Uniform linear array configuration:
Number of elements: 12
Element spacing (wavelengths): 1
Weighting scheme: kaiser
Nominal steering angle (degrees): -30
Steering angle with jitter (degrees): -28.594
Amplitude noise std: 0.05
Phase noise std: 0.05

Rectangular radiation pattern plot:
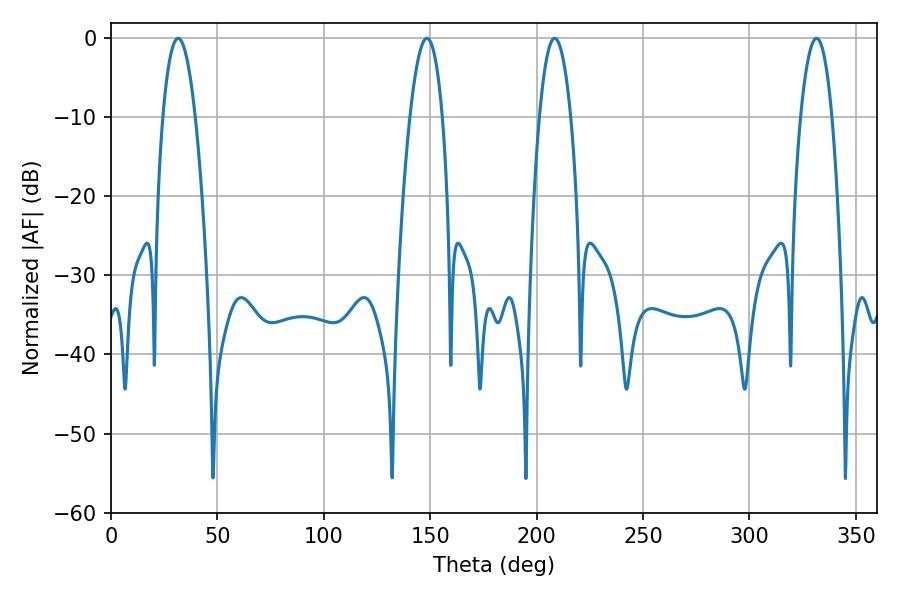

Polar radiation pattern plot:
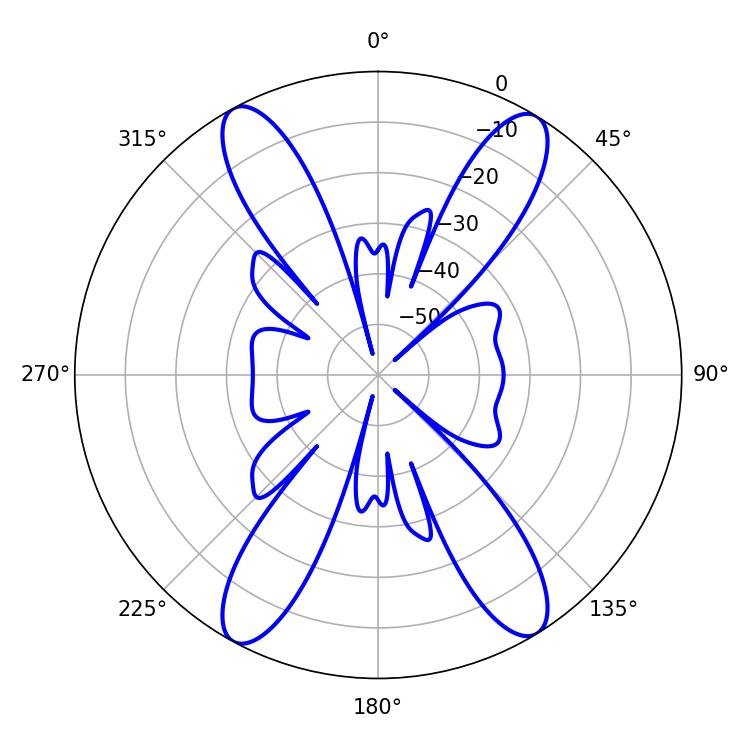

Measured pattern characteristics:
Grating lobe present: TRUE
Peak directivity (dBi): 20.034
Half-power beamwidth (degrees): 8.1
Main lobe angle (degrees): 208.44